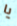
يا